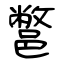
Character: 鄨